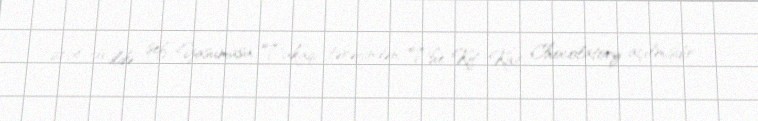
2014-cü ildə şef Yasumasa Takaqi tərəfindən The Kit Kat Chocolatory açılmışdır